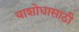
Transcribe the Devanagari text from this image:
याशोधासाठी